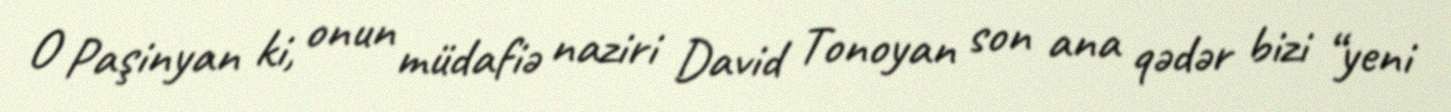
O Paşinyan ki, onun müdafiə naziri David Tonoyan son ana qədər bizi “yeni